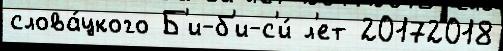
слова́цкого Б'и-б'и-с'и́ л'ет 20172018